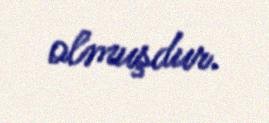
olmuşdur.